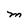
Character: M